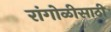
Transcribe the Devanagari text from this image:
रांगोळीसाठी